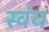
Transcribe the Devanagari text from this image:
स्‍वंय